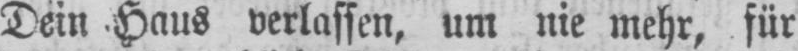
Dein Haus verlassen, um nie mehr, für